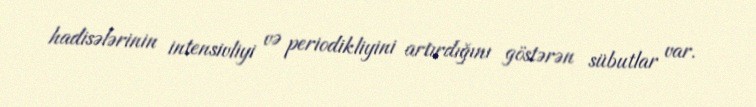
hadisələrinin intensivliyi və periodikliyini artırdığını göstərən sübutlar var.